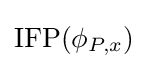
\operatorname {IFP} (\phi _{P,x})